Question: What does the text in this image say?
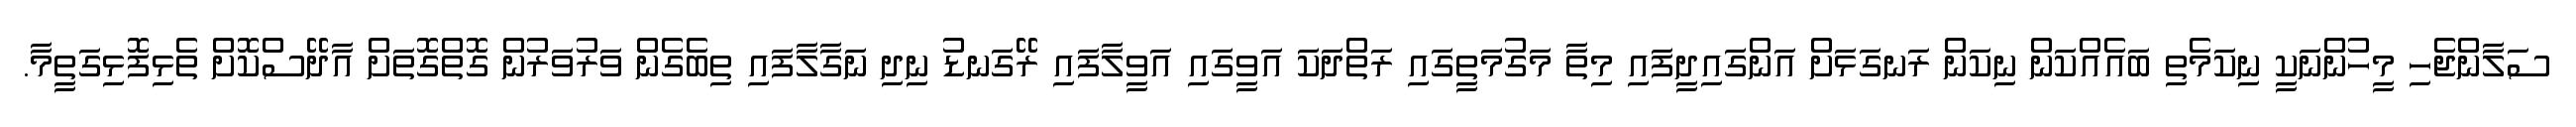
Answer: ސަލާންޖެހި މީހުންނަކީ ނިކަމެތި ބައެއްކަން ނިކަން ރަނގަޅަށް އަންގައިދީފައި މިތާ މަގުމަތީގައި ރަތްދަކަ އަވީގައި އަވީލާފައި ރޭގަނޑު ނިދި ނަގާލާފައި ތިބެގެން ވަރުވަރުން ގޮތްގޮތަށް އާދޭސްކޮށް ތެޅިފޮޅިގަތީމާ.